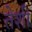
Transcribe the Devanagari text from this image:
तेशी